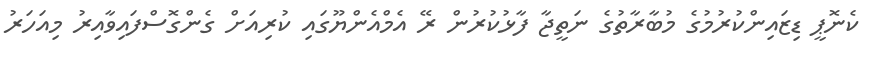
ކެނޮޕީ ޑިޒައިންކުރުމުގެ މުބާރާތުގެ ނަތީޖާ ފާޅުކުރުން ރޭ އެމްއެންޔޫގައި ކުރިއަށް ގެންގޮސްފައިވާއިރު މިއަހަރު